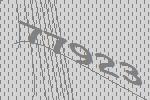
77923